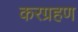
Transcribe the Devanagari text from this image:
करग्रहण